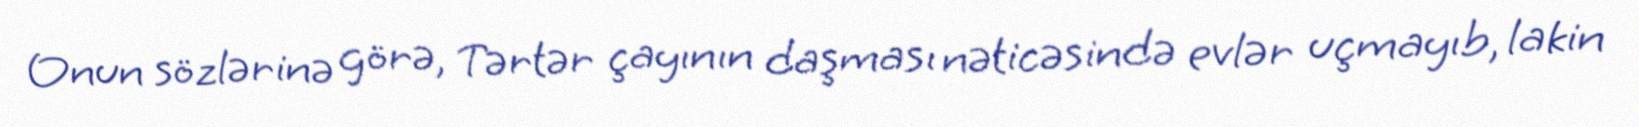
Onun sözlərinə görə, Tərtər çayının daşması nəticəsində evlər uçmayıb, lakin